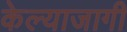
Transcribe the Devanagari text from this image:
केल्याजागी